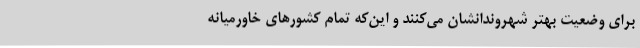
برای وضعیت بهتر شهروندانشان می‌کنند و این‌که تمام کشورهای خاورمیانه